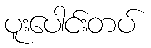
ပူးပေါင်းတပ်